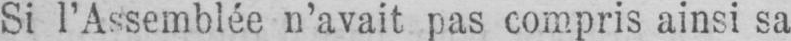
Si l’Assemblée n’avait pas compris ainsi sa